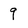
Character: q